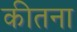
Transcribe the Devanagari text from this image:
कीतना